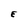
Character: E